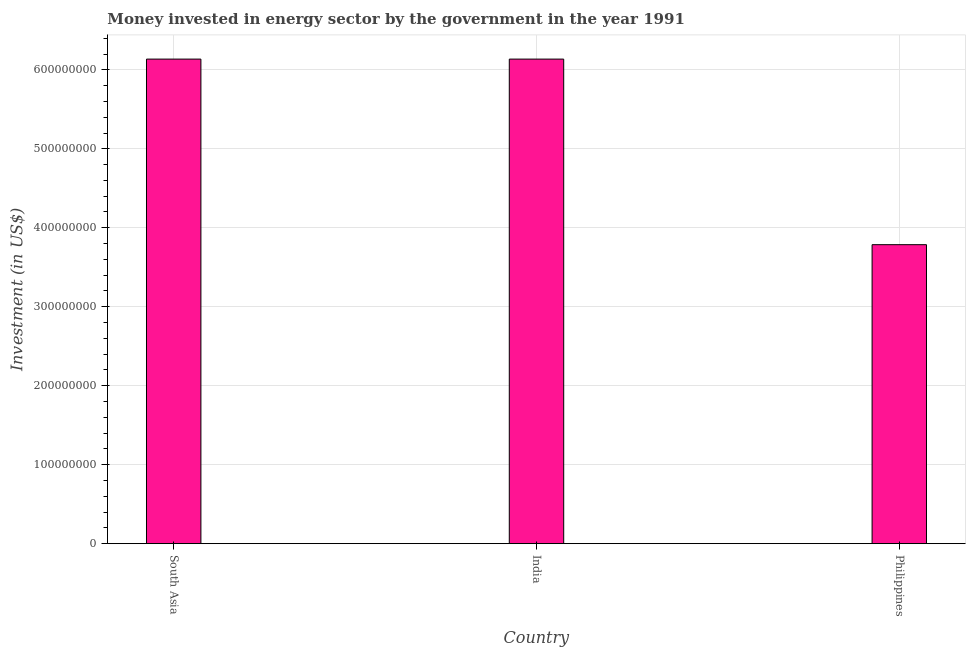
| Country | Investment in energy with private participation (current US$) |
 | --- | --- |
 | South Asia | 6.14e+08 |
 | India | 6.14e+08 |
 | Philippines | 3.79e+08 |